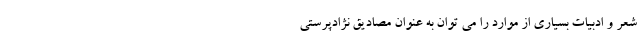
شعر و ادبیات بسیاری از موارد را می توان به عنوان مصادیق نژادپرستی